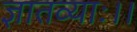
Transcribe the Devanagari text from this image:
ज्ञातव्याः।।